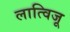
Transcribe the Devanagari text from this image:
लात्विजू